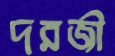
দরজী